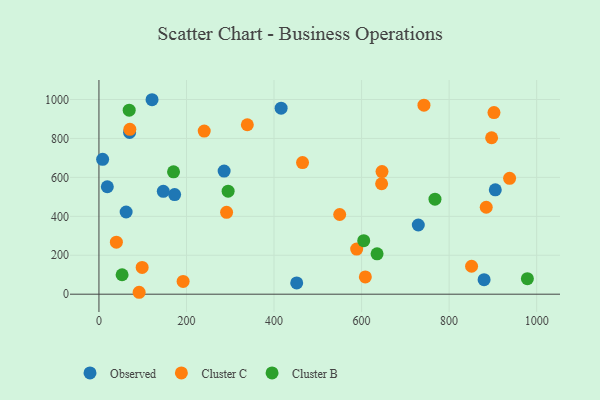
{"axis": {"x": "Price", "y": "Rating"}, "legend": ["Cluster B", "Cluster C", "Observed"], "data": [{"x": "19.1", "y": 551.9, "type": "Observed"}, {"x": "70.0", "y": 830.9, "type": "Observed"}, {"x": "172.9", "y": 511.7, "type": "Observed"}, {"x": "286.0", "y": 632.5, "type": "Observed"}, {"x": "729.6", "y": 355.4, "type": "Observed"}, {"x": "879.9", "y": 74.7, "type": "Observed"}, {"x": "416.2", "y": 955.5, "type": "Observed"}, {"x": "8.4", "y": 692.7, "type": "Observed"}, {"x": "62.1", "y": 422.3, "type": "Observed"}, {"x": "121.3", "y": 998.9, "type": "Observed"}, {"x": "147.0", "y": 528.6, "type": "Observed"}, {"x": "905.5", "y": 536.3, "type": "Observed"}, {"x": "451.8", "y": 58.1, "type": "Observed"}, {"x": "550.0", "y": 409.5, "type": "Cluster C"}, {"x": "646.7", "y": 629.9, "type": "Cluster C"}, {"x": "192.3", "y": 65.4, "type": "Cluster C"}, {"x": "645.8", "y": 567.2, "type": "Cluster C"}, {"x": "291.6", "y": 420.8, "type": "Cluster C"}, {"x": "240.5", "y": 838.0, "type": "Cluster C"}, {"x": "465.1", "y": 676.1, "type": "Cluster C"}, {"x": "742.5", "y": 970.8, "type": "Cluster C"}, {"x": "884.8", "y": 446.7, "type": "Cluster C"}, {"x": "608.6", "y": 88.7, "type": "Cluster C"}, {"x": "897.1", "y": 803.5, "type": "Cluster C"}, {"x": "98.7", "y": 137.7, "type": "Cluster C"}, {"x": "70.6", "y": 846.9, "type": "Cluster C"}, {"x": "339.0", "y": 870.4, "type": "Cluster C"}, {"x": "91.8", "y": 9.9, "type": "Cluster C"}, {"x": "851.3", "y": 143.6, "type": "Cluster C"}, {"x": "39.8", "y": 267.4, "type": "Cluster C"}, {"x": "938.2", "y": 595.4, "type": "Cluster C"}, {"x": "588.8", "y": 231.9, "type": "Cluster C"}, {"x": "902.5", "y": 932.8, "type": "Cluster C"}, {"x": "767.7", "y": 488.0, "type": "Cluster B"}, {"x": "52.9", "y": 100.0, "type": "Cluster B"}, {"x": "69.1", "y": 945.4, "type": "Cluster B"}, {"x": "170.4", "y": 628.8, "type": "Cluster B"}, {"x": "295.1", "y": 529.0, "type": "Cluster B"}, {"x": "635.4", "y": 207.2, "type": "Cluster B"}, {"x": "604.9", "y": 274.7, "type": "Cluster B"}, {"x": "978.8", "y": 79.6, "type": "Cluster B"}]}